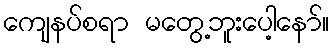
ကျေနပ်စရာ မတွေ့ဘူးပေါ့နော်။